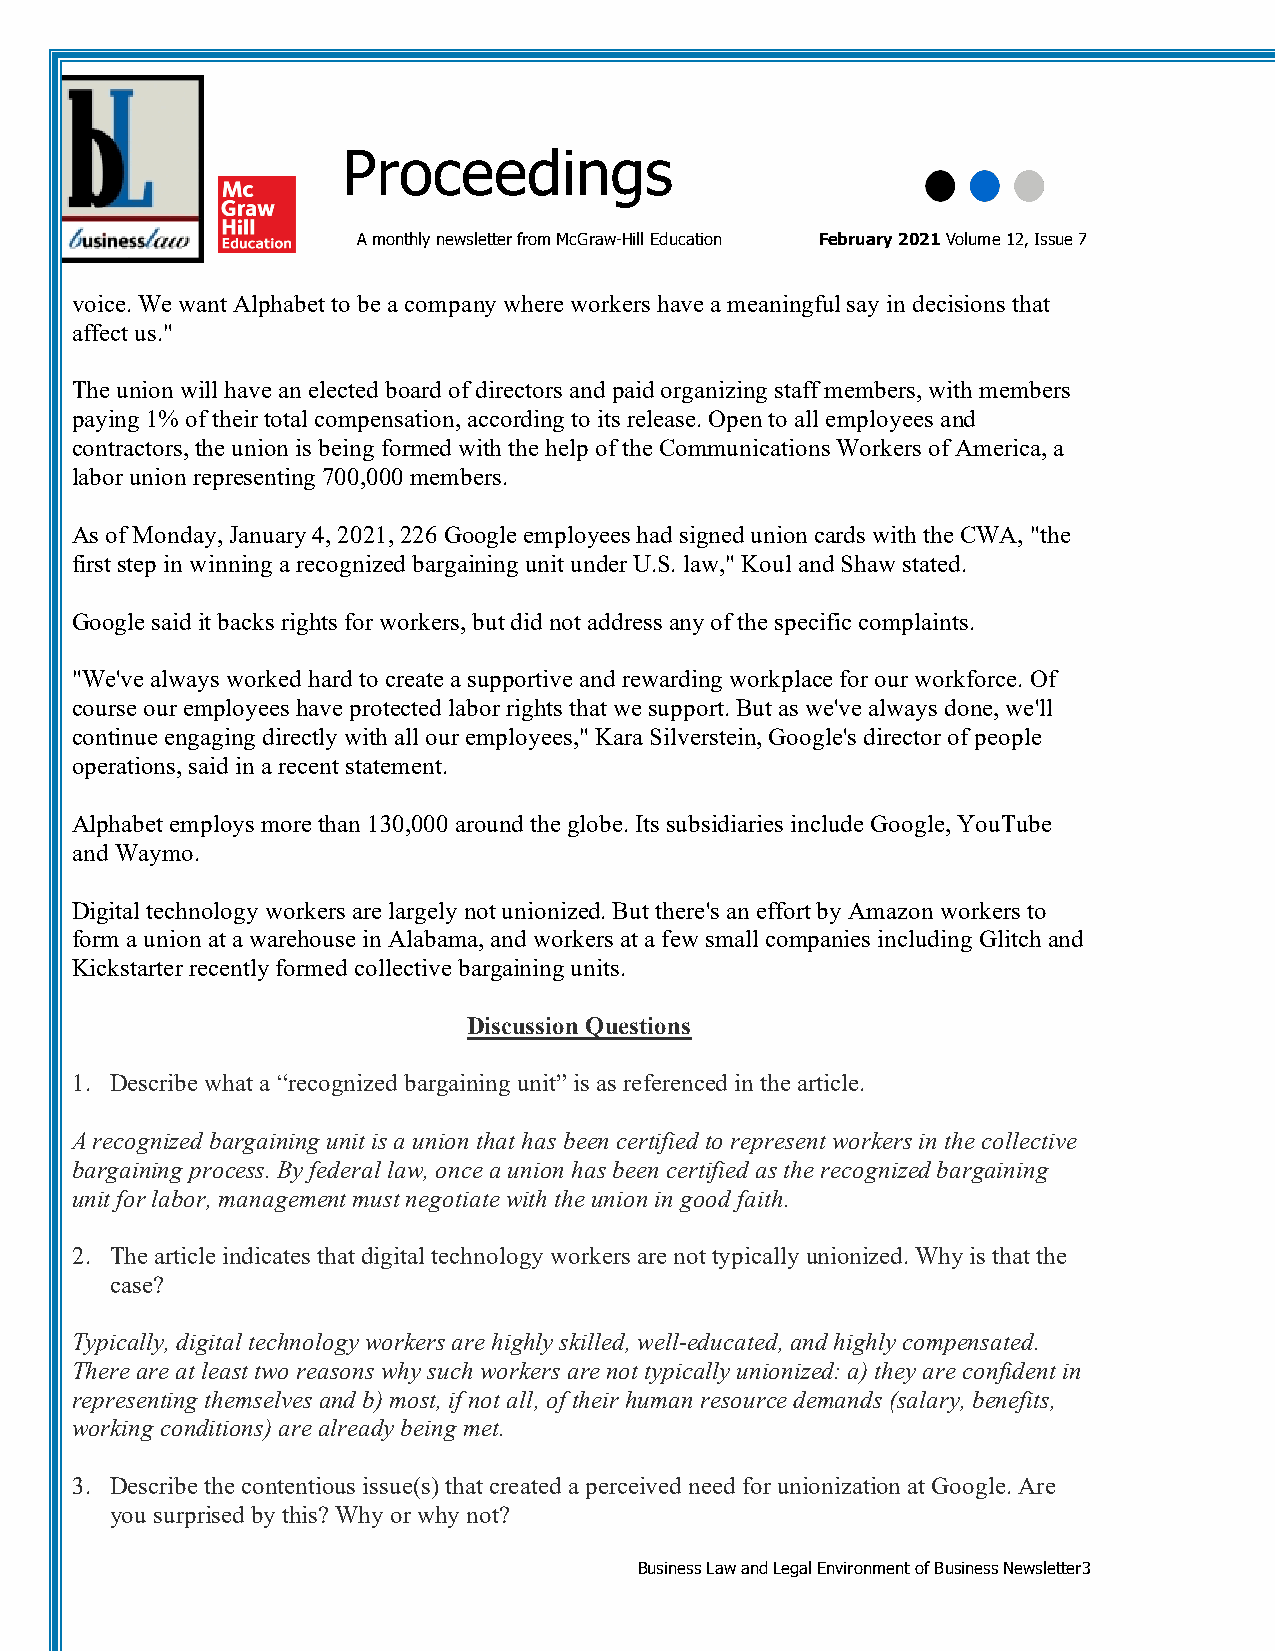
Proceedings
 A monthly newsletter from McGraw-Hill Education February 2021 Volume 12, Issue 7
 voice. We want Alphabet to be a company where workers have a meaningful say in decisions that
 affect us."
 The union will have an elected board of directors and paid organizing staff members, with members
 paying 1% of their total compensation, according to its release. Open to all employees and
 contractors, the union is being formed with the help of the Communications Workers of America, a
 labor union representing 700,000 members.
 As of Monday, January 4, 2021, 226 Google employees had signed union cards with the CWA, "the
 first step in winning a recognized bargaining unit under U.S. law," Koul and Shaw stated.
 Google said it backs rights for workers, but did not address any of the specific complaints.
 "We've always worked hard to create a supportive and rewarding workplace for our workforce. Of
 course our employees have protected labor rights that we support. But as we've always done, we'll
 continue engaging directly with all our employees," Kara Silverstein, Google's director of people
 operations, said in a recent statement.
 Alphabet employs more than 130,000 around the globe. Its subsidiaries include Google, YouTube
 and Waymo.
 Digital technology workers are largely not unionized. But there's an effort by Amazon workers to
 form a union at a warehouse in Alabama, and workers at a few small companies including Glitch and
 Kickstarter recently formed collective bargaining units.
 Discussion Questions
 1. Describe what a “recognized bargaining unit” is as referenced in the article.
 A recognized bargaining unit is a union that has been certified to represent workers in the collective
 bargaining process. By federal law, once a union has been certified as the recognized bargaining
 unit for labor, management must negotiate with the union in good faith.
 2. The article indicates that digital technology workers are not typically unionized. Why is that the
 case?
 Typically, digital technology workers are highly skilled, well-educated, and highly compensated.
 There are at least two reasons why such workers are not typically unionized: a) they are confident in
 representing themselves and b) most, if not all, of their human resource demands (salary, benefits,
 working conditions) are already being met.
 3. Describe the contentious issue(s) that created a perceived need for unionization at Google. Are
 you surprised by this? Why or why not?
 Business Law and Legal Environment of Business Newsletter3